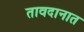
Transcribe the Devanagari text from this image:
तावदानात